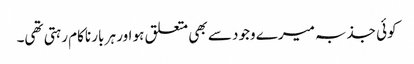
کوئی جذبہ میرے وجود سے بھی متعلق ہو اور ہر بار ناکام رہتی تھی۔